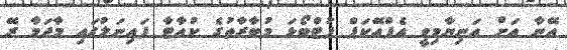
އޭނާ އަށް އަނިޔާމިވީ އެފްއޭކަޕް ފުޓްބޯޅަ މުބާރާތުގެ ކުއާޓާ ފައިނަލުގައި މާދަމާ ރޭ